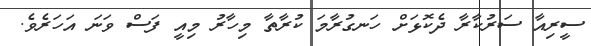
ސީރިއާ ސަރުކާރާ ދެކޮޅަށް ހަނގުރާމަ ކުރާތާ މިހާރު މިއީ ފަސް ވަނަ އަހަރެވެ.